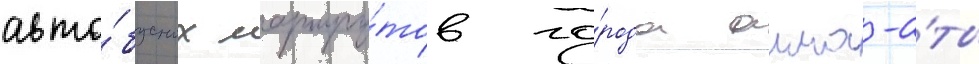
авто́бусных маршру́тов го́рода алма-а́ты